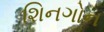
શિનગોન